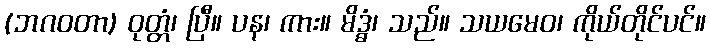
(ဘဂဝတာ) ဝုတ္တံ၊ ပြီ။ ပန၊ ကား။ မိဒ္ဓံ၊ သည်။ သယမေဝ၊ ကိုယ်တိုင်ပင်။